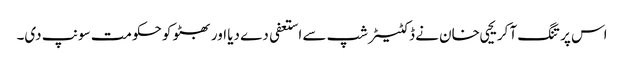
اس پر تنگ آ کر یحیی خان نے ڈکٹیٹر شپ سے استعفی دے دیا اور بھٹو کو حکومت سونپ دی۔